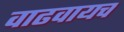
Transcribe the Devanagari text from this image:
वाढवायच